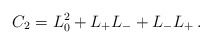
\begin{align*} C_2=L_0^2+L_+L_-+L_-L_+ \, .\end{align*}